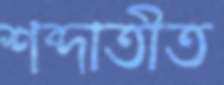
শব্দাতীত